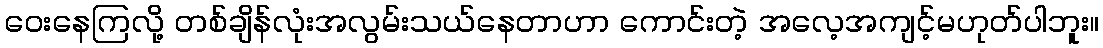
ဝေးနေကြလို့ တစ်ချိန်လုံးအလွမ်းသယ်နေတာဟာ ကောင်းတဲ့ အလေ့အကျင့်မဟုတ်ပါဘူး။